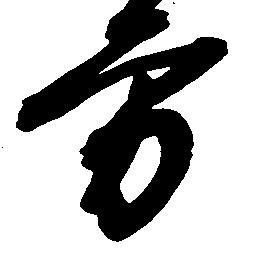
方